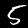
Label: 5